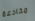
مخادعة